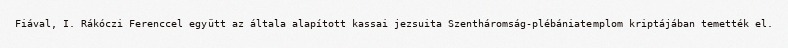
Fiával, I. Rákóczi Ferenccel együtt az általa alapított kassai jezsuita Szentháromság-plébániatemplom kriptájában temették el.